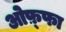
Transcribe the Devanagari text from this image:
ओफ़्फा